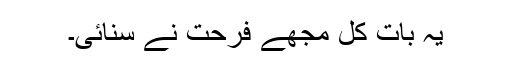
یہ بات کل مجھے فرحت نے سنائی۔